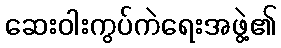
ဆေးဝါးကွပ်ကဲရေးအဖွဲ့၏